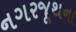
નગરજૂથના